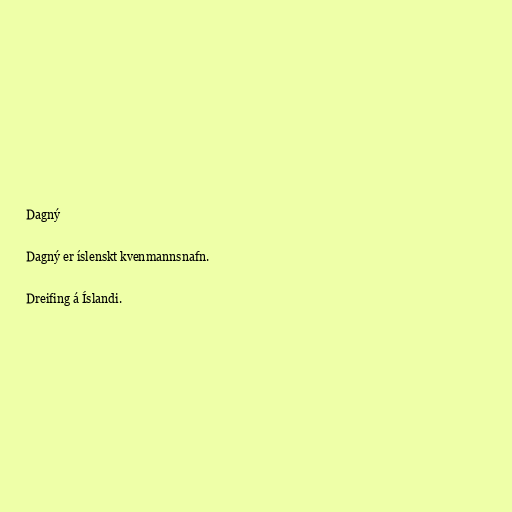
Dagný

Dagný er íslenskt kvenmannsnafn.

Dreifing á Íslandi.